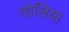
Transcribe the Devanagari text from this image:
तोलिया